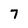
Character: 7